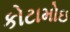
કોટામોઇ